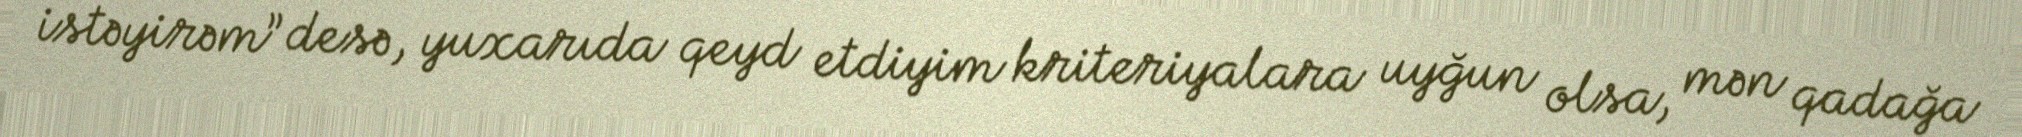
istəyirəm” desə, yuxarıda qeyd etdiyim kriteriyalara uyğun olsa, mən qadağa